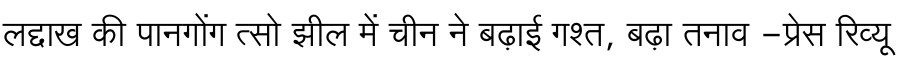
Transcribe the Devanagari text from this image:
लद्दाख की पानगोंग त्सो झील में चीन ने बढ़ाई गश्त, बढ़ा तनाव -प्रेस रिव्यू